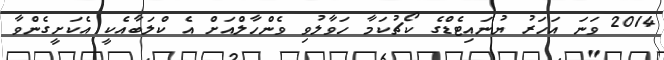
2014 ވަނަ އަހަރު ޔުނައިޓެޑްގެ ކޯޗުކަމާ ހަވާލުވި ވެންހާލްއަށް އެ ކްލަބާއެކީ އެކަށީގެންވާ